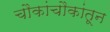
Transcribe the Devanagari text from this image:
चौकांचौकांतून